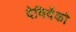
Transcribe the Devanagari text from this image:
देविदेंको